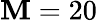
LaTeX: \mathbf{M}=20